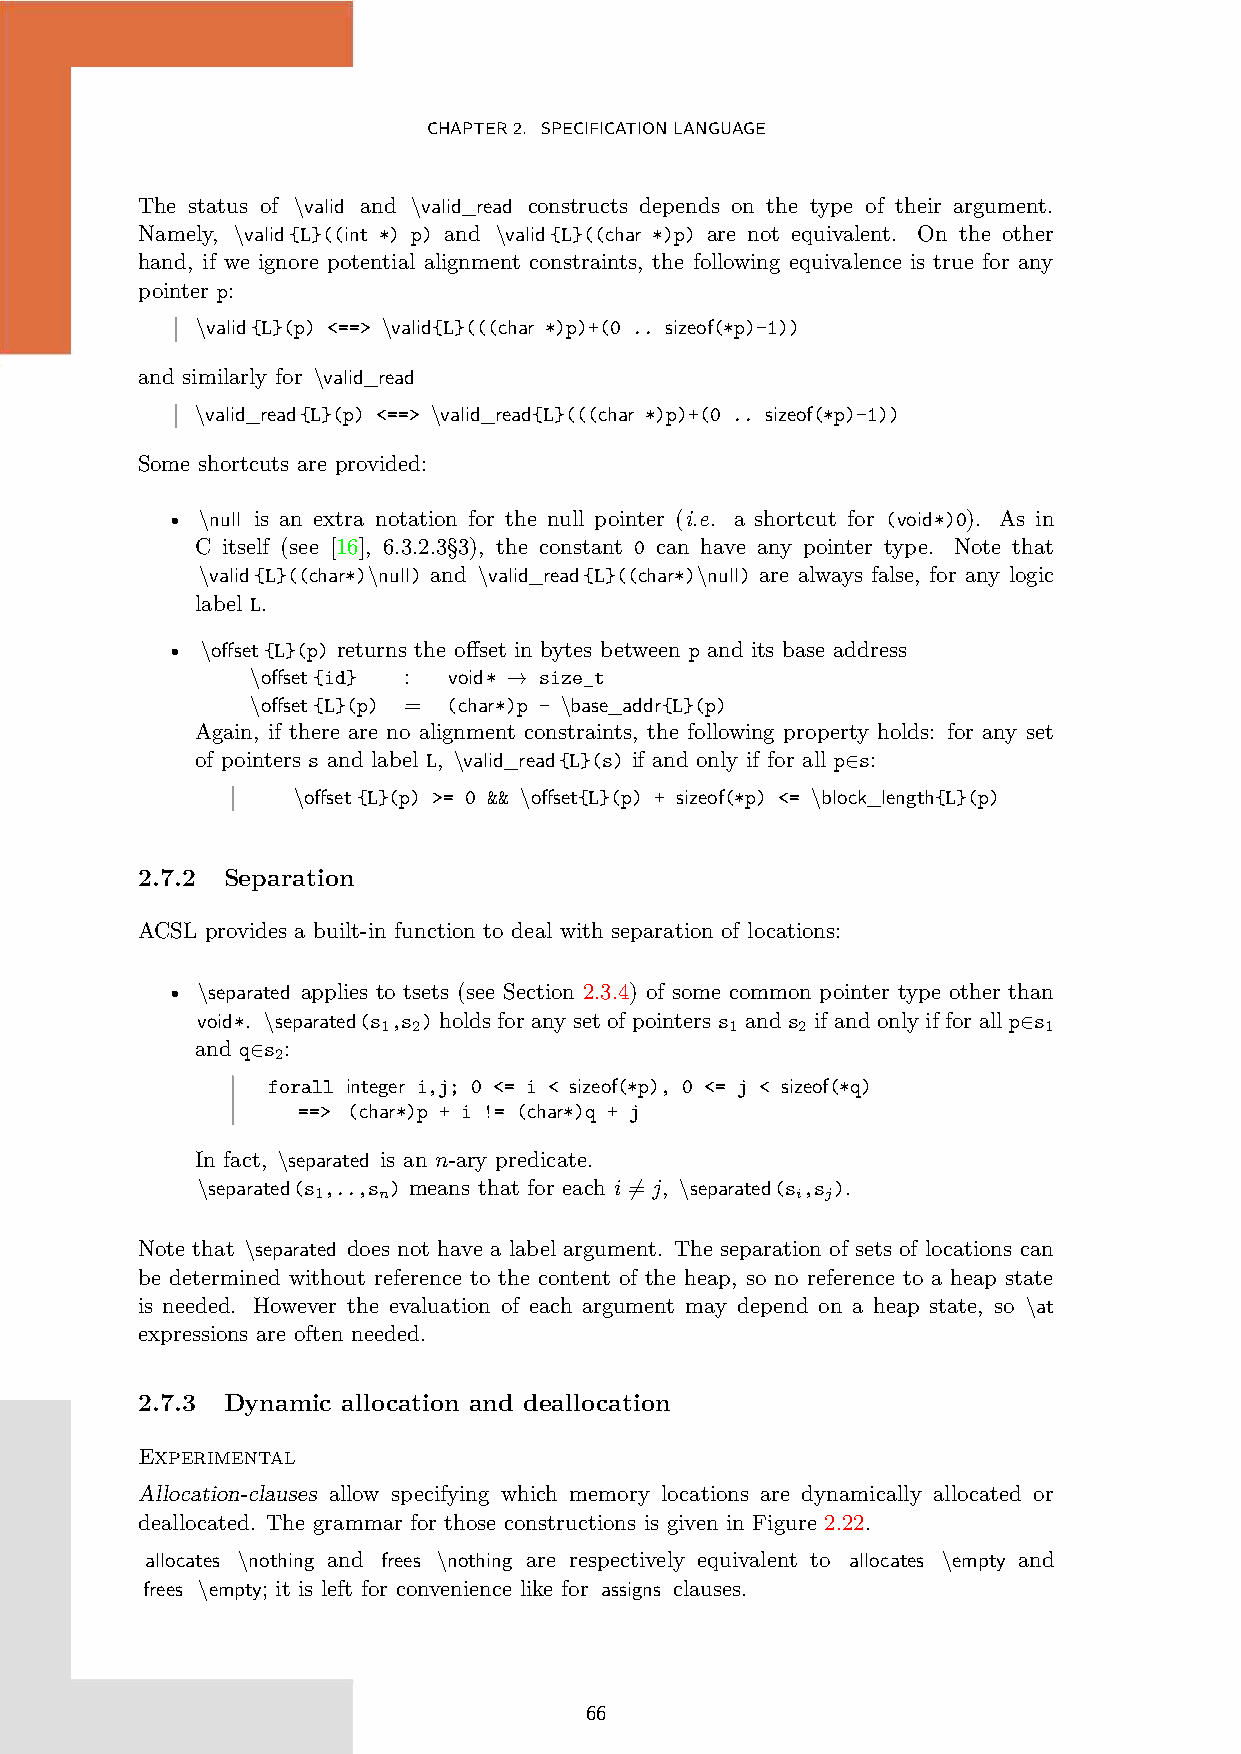
CHAPTER2. SPECIFICATIONLANGUAGE
 The status of \valid and \valid_read constructs depends on the type of their argument.
 Namely, \valid{L}((int *) p) and \valid{L}((char *)p) are not equivalent. On the other
 hand, if we ignore potential alignment constraints, the following equivalence is true for any
 pointer p:
 \valid{L}(p) <==> \valid{L}(((char *)p)+(0 .. sizeof(*p)-1))
 and similarly for \valid_read
 \valid_read{L}(p) <==> \valid_read{L}(((char *)p)+(0 .. sizeof(*p)-1))
 Some shortcuts are provided:
 • \null is an extra notation for the null pointer (i.e. a shortcut for (void*)0). As in
 C itself (see [16], 6.3.2.3§3), the constant 0 can have any pointer type. Note that
 \valid{L}((char*)\null) and \valid_read{L}((char*)\null) are always false, for any logic
 label L.
 • \offset{L}(p) returns the offset in bytes between p and its base address
 \offset{id} : void* → size_t
 \offset{L}(p) = (char*)p - \base_addr{L}(p)
 Again, if there are no alignment constraints, the following property holds: for any set
 of pointers s and label L, \valid_read{L}(s) if and only if for all p∈s:
 \offset{L}(p) >= 0 && \offset{L}(p) + sizeof(*p) <= \block_length{L}(p)
 2.7.2 Separation
 ACSL provides a built-in function to deal with separation of locations:
 • \separated applies to tsets (see Section 2.3.4) of some common pointer type other than
 void*. \separated(s ,s ) holds for any set of pointers s and s if and only if for all p∈s
 1 2                    1    2               1
 and q∈s :
 2
 forall integer i,j; 0 <= i < sizeof(*p), 0 <= j < sizeof(*q)
 ==> (char*)p + i != (char*)q + j
 In fact, \separated is an n-ary predicate.
 \separated(s ,..,s ) means that for each i 6= j, \separated(s ,s ).
 1   n                           i j
 Note that \separated does not have a label argument. The separation of sets of locations can
 be determined without reference to the content of the heap, so no reference to a heap state
 is needed. However the evaluation of each argument may depend on a heap state, so \at
 expressions are often needed.
 2.7.3 Dynamic allocation and deallocation
 Experimental
 Allocation-clauses allow specifying which memory locations are dynamically allocated or
 deallocated. The grammar for those constructions is given in Figure 2.22.
 allocates \nothing and frees \nothing are respectively equivalent to allocates \empty and
 frees \empty; it is left for convenience like for assigns clauses.
 66